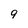
Character: 9